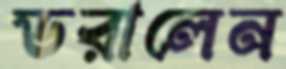
ডরালেন